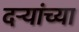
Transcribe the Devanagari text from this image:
दऱ्यांच्या